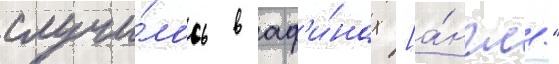
случи́лось в аф'и́нах [а́нгл."